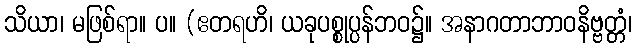
သိယာ၊ မဖြစ်ရာ။ ပ။ (ဧတရဟိ၊ ယခုပစ္စုပ္ပန်ဘဝ၌။ အနာဂတာဘာဝနိဗ္ဗတ္တံ၊